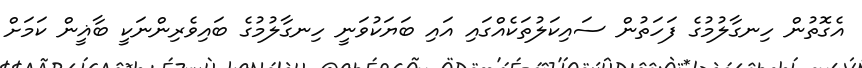
އެގޮތުން ހިނގާލުމުގެ ފަހަތުން ސައިކަލުތަކެއްގައި އައި ބަޔަކުވަނީ ހިނގާލުމުގެ ބައިވެރިންނަކީ ބާޣީން ކަމަށް